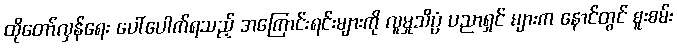
ထိုတော်လှန်ရေး ပေါ်ပေါက်ရသည့် အကြောင်းရင်းများကို လူမှုသိပ္ပံ ပညာရှင် များက နောင်တွင် စူးစမ်း